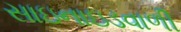
સાઇનાઇડવાળી